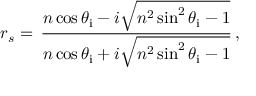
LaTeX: r _ { s } = \, { \frac { n \cos \theta _ { \mathrm { i } } - i { \sqrt { n ^ { 2 } \sin ^ { 2 } \theta _ { \mathrm { i } } - 1 } } } { n \cos \theta _ { \mathrm { i } } + i { \sqrt { n ^ { 2 } \sin ^ { 2 } \theta _ { \mathrm { i } } - 1 } } } } \, ,